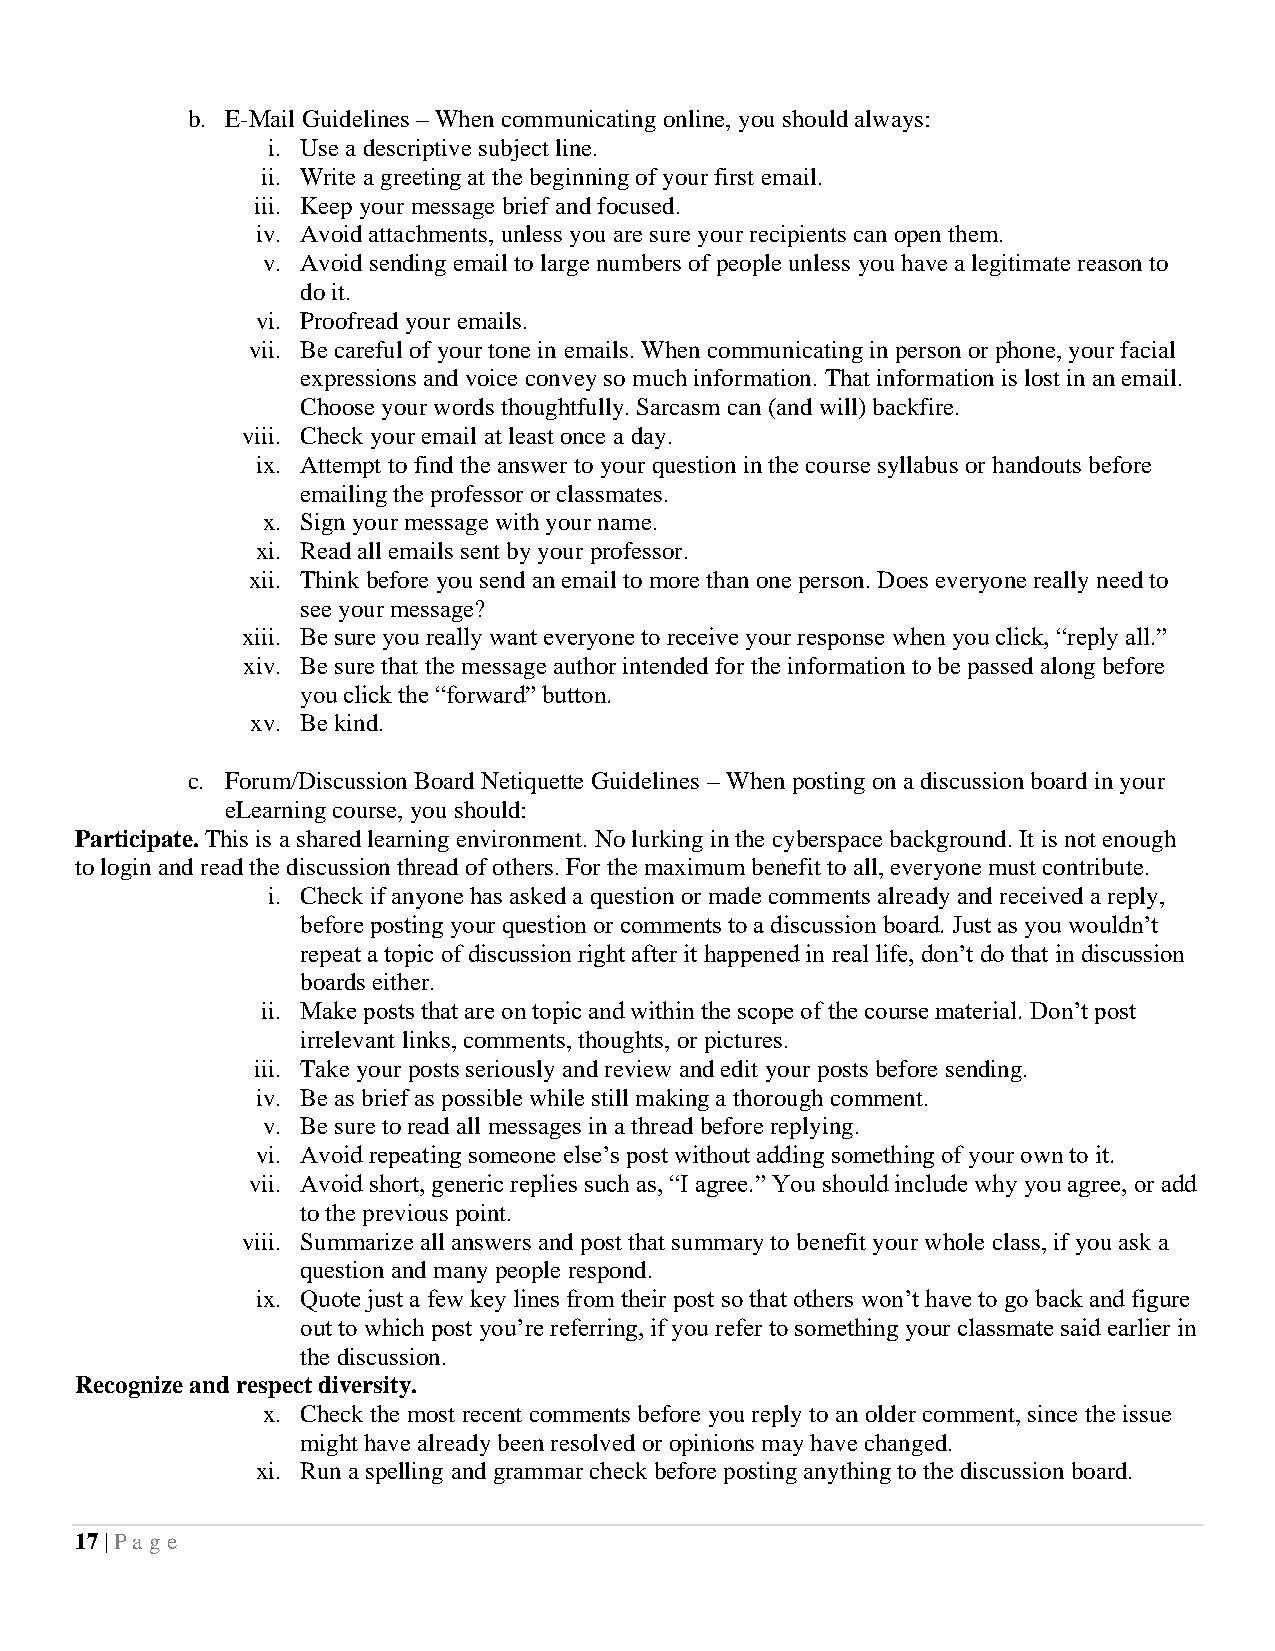
b. E-Mail Guidelines – When communicating online, you should always:
 i. Use a descriptive subject line.
 ii. Write a greeting at the beginning of your first email.
 iii. Keep your message brief and focused.
 iv. Avoid attachments, unless you are sure your recipients can open them.
 v. Avoid sending email to large numbers of people unless you have a legitimate reason to
 do it.
 vi. Proofread your emails.
 vii. Be careful of your tone in emails. When communicating in person or phone, your facial
 expressions and voice convey so much information. That information is lost in an email.
 Choose your words thoughtfully. Sarcasm can (and will) backfire.
 viii. Check your email at least once a day.
 ix. Attempt to find the answer to your question in the course syllabus or handouts before
 emailing the professor or classmates.
 x. Sign your message with your name.
 xi. Read all emails sent by your professor.
 xii. Think before you send an email to more than one person. Does everyone really need to
 see your message?
 xiii. Be sure you really want everyone to receive your response when you click, “reply all.”
 xiv. Be sure that the message author intended for the information to be passed along before
 you click the “forward” button.
 xv. Be kind.
 c. Forum/Discussion Board Netiquette Guidelines – When posting on a discussion board in your
 eLearning course, you should:
 Participate. This is a shared learning environment. No lurking in the cyberspace background. It is not enough
 to login and read the discussion thread of others. For the maximum benefit to all, everyone must contribute.
 i. Check if anyone has asked a question or made comments already and received a reply,
 before posting your question or comments to a discussion board. Just as you wouldn’t
 repeat a topic of discussion right after it happened in real life, don’t do that in discussion
 boards either.
 ii. Make posts that are on topic and within the scope of the course material. Don’t post
 irrelevant links, comments, thoughts, or pictures.
 iii. Take your posts seriously and review and edit your posts before sending.
 iv. Be as brief as possible while still making a thorough comment.
 v. Be sure to read all messages in a thread before replying.
 vi. Avoid repeating someone else’s post without adding something of your own to it.
 vii. Avoid short, generic replies such as, “I agree.” You should include why you agree, or add
 to the previous point.
 viii. Summarize all answers and post that summary to benefit your whole class, if you ask a
 question and many people respond.
 ix. Quote just a few key lines from their post so that others won’t have to go back and figure
 out to which post you’re referring, if you refer to something your classmate said earlier in
 the discussion.
 Recognize and respect diversity.
 x. Check the most recent comments before you reply to an older comment, since the issue
 might have already been resolved or opinions may have changed.
 xi. Run a spelling and grammar check before posting anything to the discussion board.
 17 | Pa ge